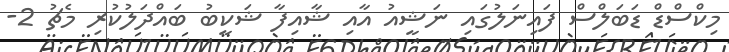
މިކްސްޑް ޑަބަލްސް ފައިނަލުގައި ނަޝީއު އާއި ޝާއިފާ ޝަކީބު ބައްދަލުކުރި މެޗު 2-